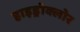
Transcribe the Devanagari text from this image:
हाइड्रोक्लोर